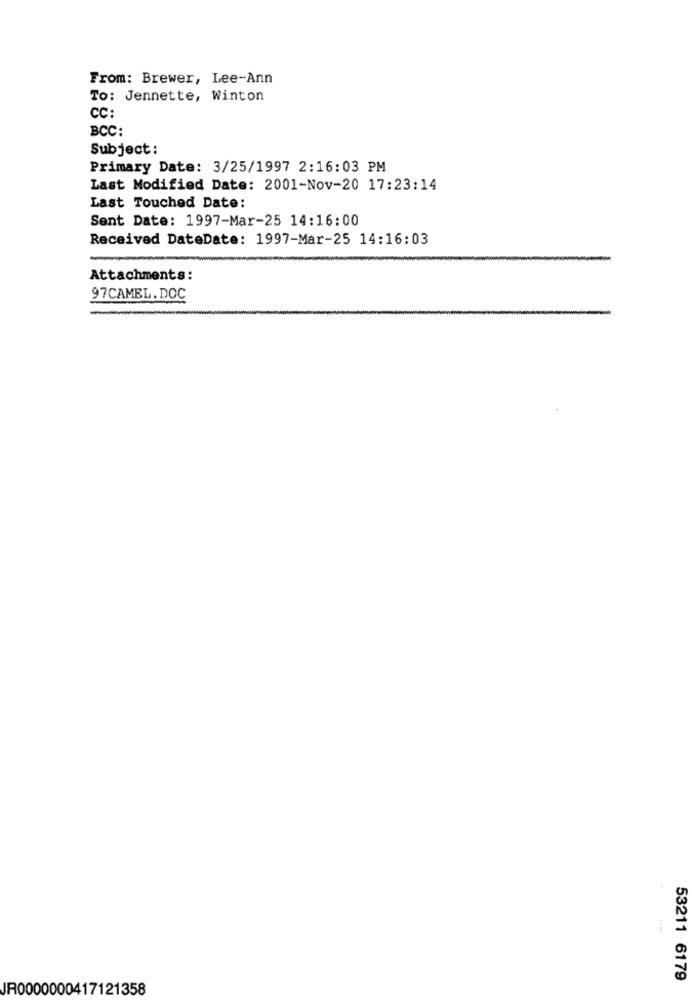
From: Brewer, Lee-Ann
To: Jennette, Winton
CC:
BCC:
Subject:
Primary Date: 3/25/1997 2:16:03 PM
Last Modified Date: 2001-Nov-20 17:23:14
Last Touched Date:
Sent Date: 1997-Mar-25 14:16:00
Received DateDate: 1997-Mar-25 14:16:03
Attachments:
97CAMEL.DOC
--
53211 6179
JR0000000417121358